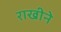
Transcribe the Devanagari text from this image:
राखीने